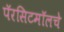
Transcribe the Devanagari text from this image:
पॅरसिटमॉलचे